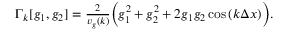
\begin{array} { r } { \Gamma _ { k } [ g _ { 1 } , g _ { 2 } ] = \frac { 2 } { v _ { g } ( k ) } \Big ( g _ { 1 } ^ { 2 } + g _ { 2 } ^ { 2 } + 2 g _ { 1 } g _ { 2 } \cos { ( k \Delta x ) } \Big ) . } \end{array}